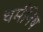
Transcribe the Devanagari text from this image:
धर्मनिष